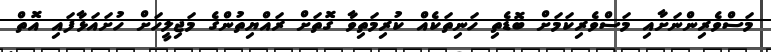
މަސްވެރިންނަށާއި މަސްވެރިކަމަށް ބޮޑެތި ހަނިތަކެއް ކުރިމަތިވާ ގޮތަށް ރައްޔިތުންގެ މަޖިލީހަށް ހުށައަޅާފައި އޮތް